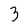
Character: 3